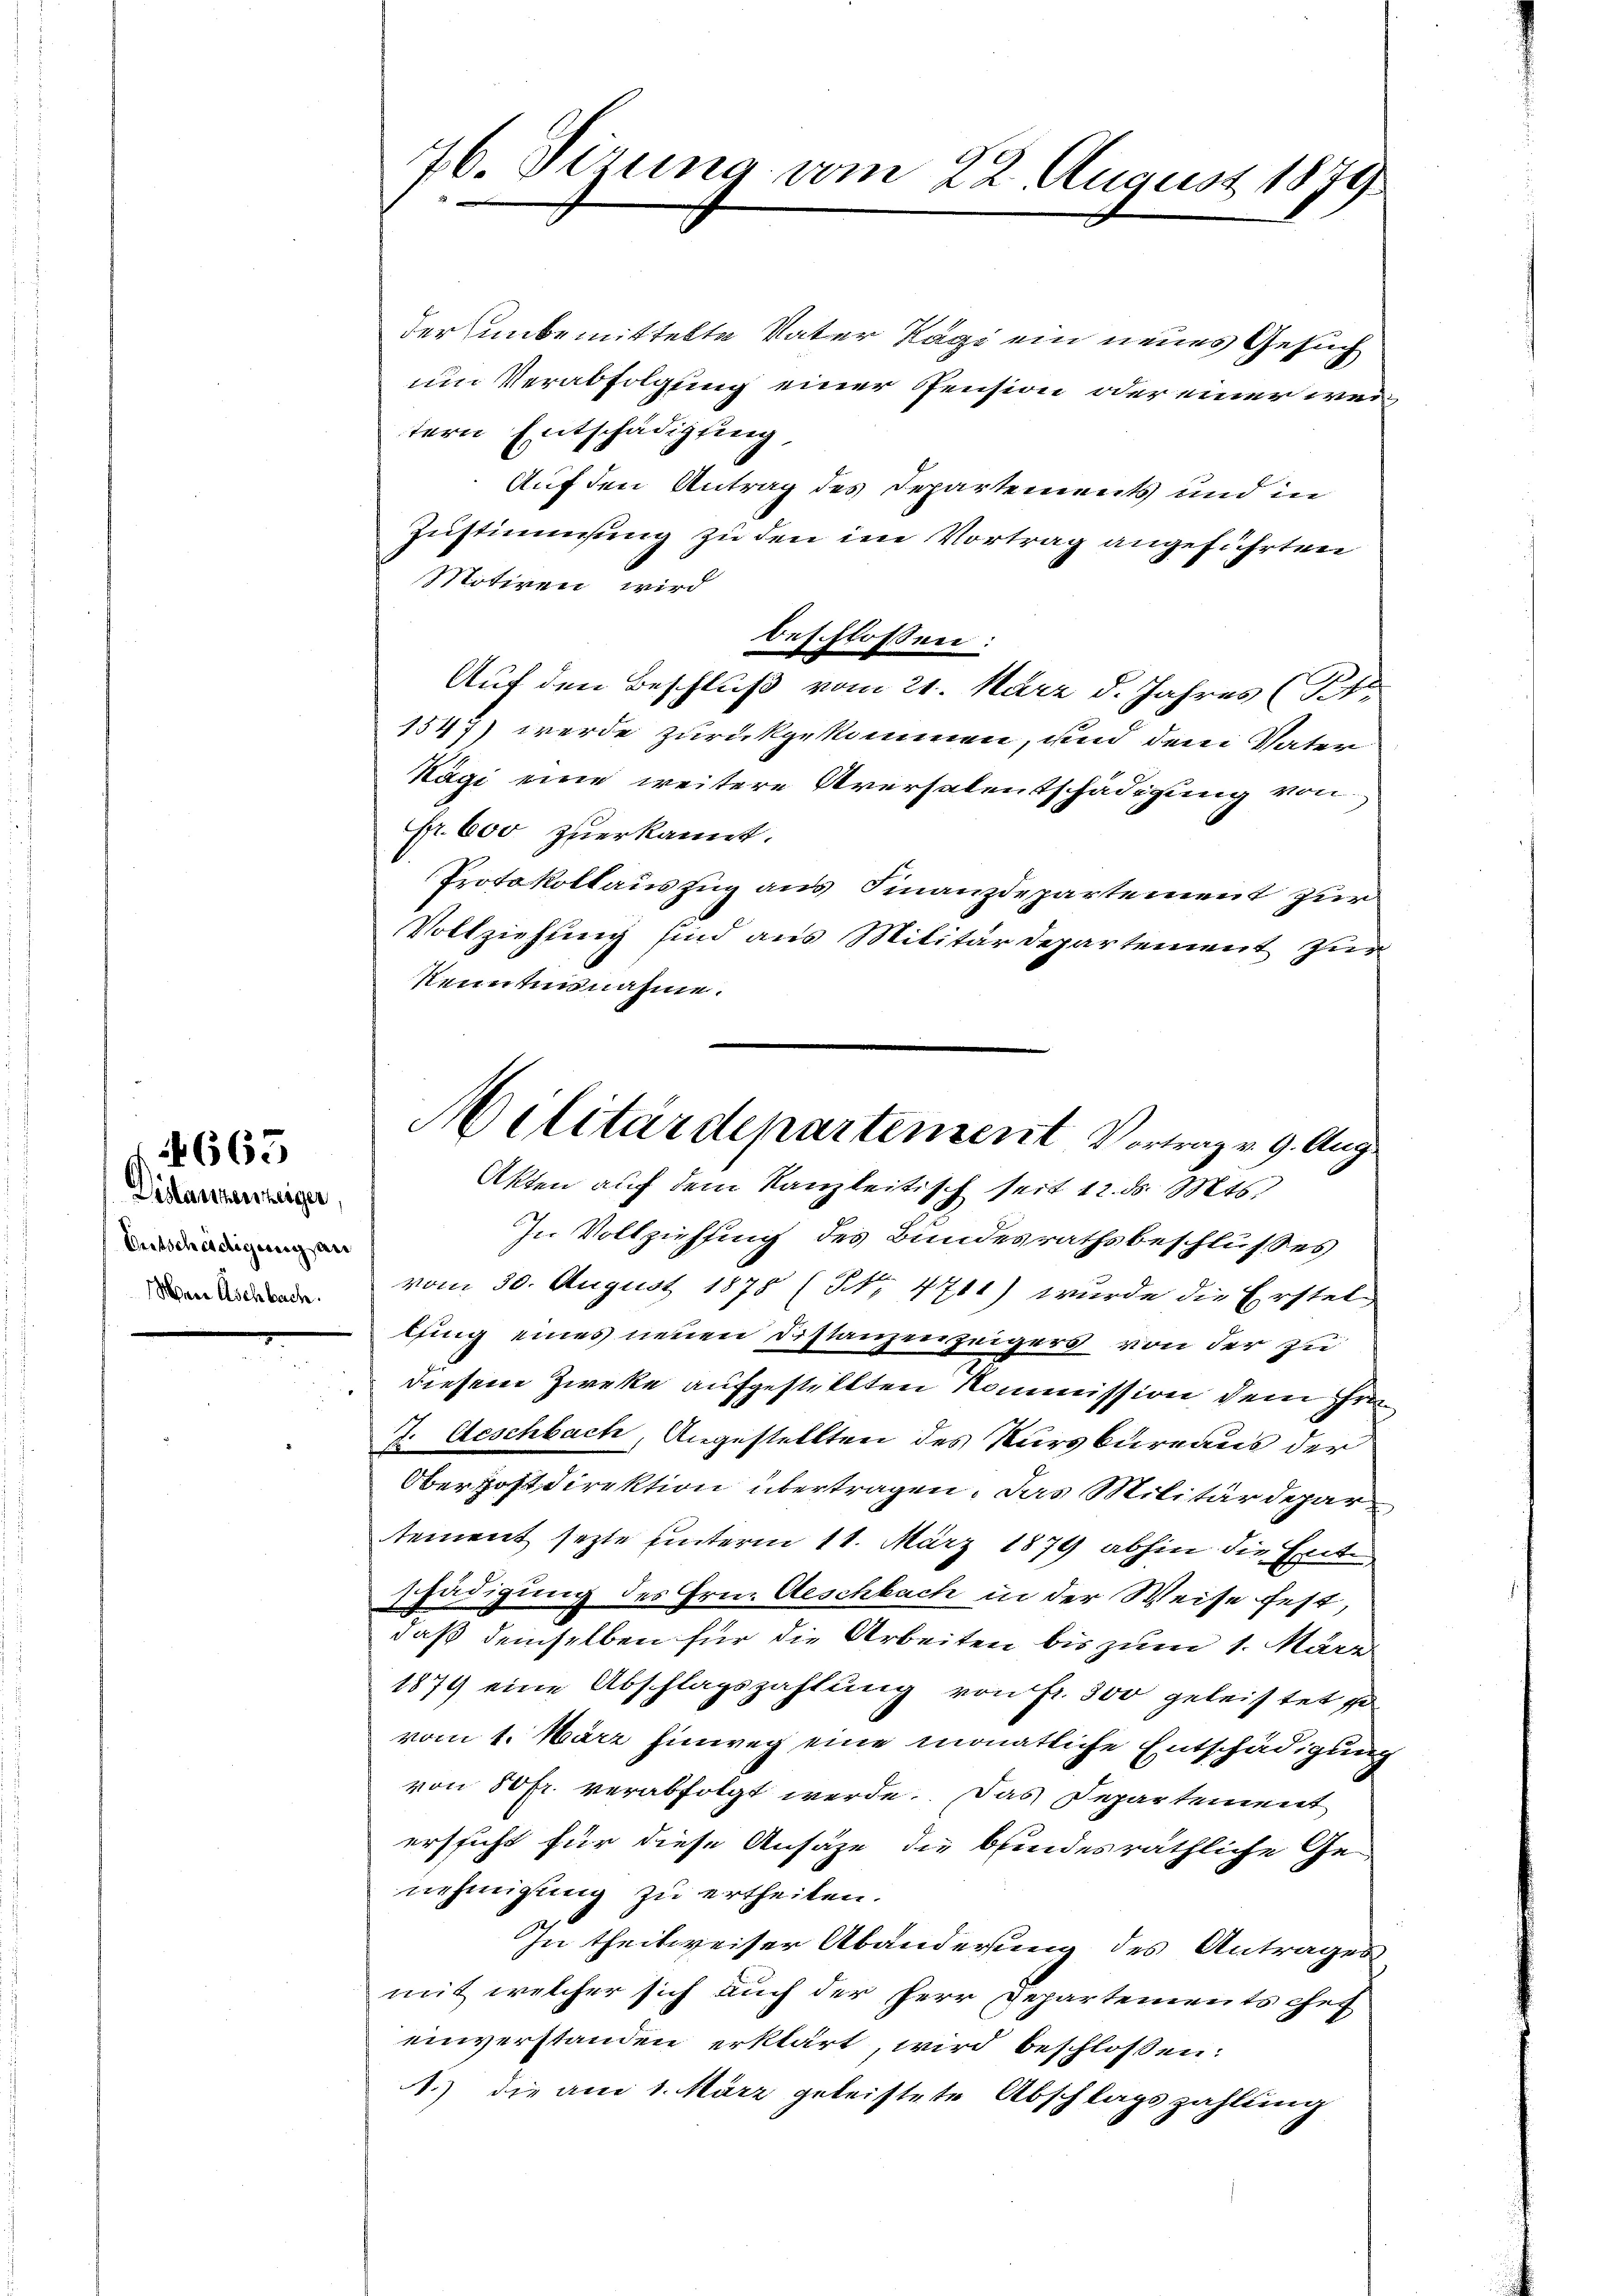
Distanzenzeiger
Betschädigung an
Wann Aschbach.

665

der unbemittelte Vater Tage ein neues Gesuch
um Verabfolgung einer Pension oder einer weitern Entschädigung
Auf den Antrag des Departements und in
Zustimmung zu den im Vortrag angeführten
Mitiren wird
Auf den Beschluß vom 21. März d. Jahres (St
1547) werde zurückgekommen, und dem Vater
Kägi eine weitere Aversalentschädigung von
pr. 600 zuerkannt.
Protokollauszug aus Finanzdepartement zur
Vollziehung sind aus Militärdepartement zur
Kennternahme.
In Vollziehung des Bundesrathsbeschlusses
vom 30. August 1875 (N. 4711) wurde die Erstel
lung eines neuen Distanzenzeigers von der zu
diesem Zweke aufgestellten Kommission dem Gra¬
J. Aeschbach, Angestellten des Kursbureaus der
Oberpostdirektion übertragen. Das Militärdepartement sezte unterm 11. März 1874 abhin die Ent
schädigung des Hrn. Geschbach in der Weise fest,
daß demselben für die Arbeiten bis zum 1. März
1879 eine Abschlagszahlung von fr. 300 geleistet so
vom 1. März hinweg eine monatliche Entschädigung
von 50 fr. verabfolgt werde. Das Departement
ersicht für diese Ansähe die blindesräthliche Ge-
nehmigung zu ertheilen.
In theilweiser Abänderung des Antrages
mit welcher sich auch der Perr Departements Chef
einverstanden erklärt, wird beschlossen:
1.) die am 1. März geleistete Abschlagszahlung

76. Sizung vom 22. August 1879

beschlossen:

Militärdepartement Vortrag v. 9. Aug.
Akten auf dem Kanzleitisch seit 12. ds. Mts.